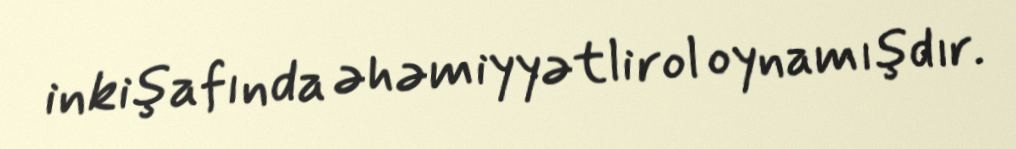
inkişafında əhəmiyyətli rol oynamışdır.